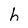
Character: h